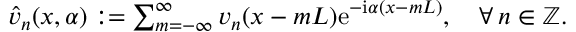
\begin{array} { r } { \Hat { v } _ { n } ( x , \alpha ) : = \sum _ { m = - \infty } ^ { \infty } v _ { n } ( x - m L ) \mathrm { e } ^ { - \mathrm { i } \alpha ( x - m L ) } , \quad \forall \, n \in \mathbb { Z } . } \end{array}